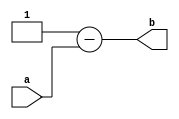
// -------------------------
// Extra01 - complemento de 1
// Nome: TIAGO MATTA MACHADO ZAIDAN
// -------------------------
// -------------------------
module complemento_de_1 ( output b,
input a);
assign b = 8'b11111111 - a;  // nota: a pode ser qualquer valor de 8 bits, que sera calculado seu complemento de 1
endmodule // xorgate
// test complemento de 1
// -------------------------
module test_base_11;
// ------------------------- definir dados
reg [7:0] a;
reg [7:0] b;
// ------------------------- parte principal
initial begin
$display("Extra01 - TIAGO MATTA MACHADO ZAIDAN - 451620");
$display("Complemento de 1: ");
a = 8'b10101010;
b = 8'b11111111 - a;

$display("o complemento de 1 de a = %8b", b);

end
endmodule // test_base